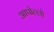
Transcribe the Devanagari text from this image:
आपोल्लो